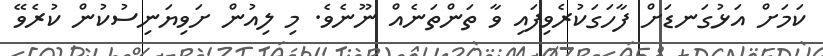
ކަމަށް އަޅުގަނޑަށް ފާހަގަކުރެވިފައި ވާ ތަންތަނެއް ނޫނެވެ. މި ލިއުން ށަވިޔަނިސުކުން ކުރެވޭ